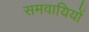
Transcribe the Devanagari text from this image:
समवायियों